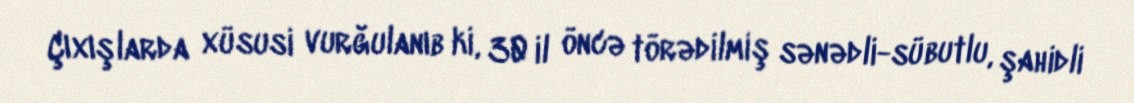
Çıxışlarda xüsusi vurğulanıb ki, 30 il öncə törədilmiş sənədli-sübutlu, şahidli